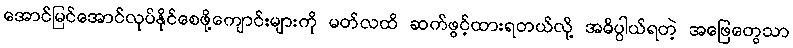
အောင်မြင်အောင်လုပ်နိုင်စေဖို့ကျောင်းများကို မတ်လထိ ဆက်ဖွင့်ထားရတယ်လို့ အဓိပ္ပါယ်ရတဲ့ အဖြေတွေသာ